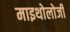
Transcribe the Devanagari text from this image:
माइथोलोजी